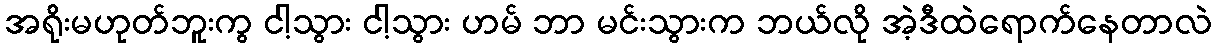
အရိုးမဟုတ်ဘူးကွ ငါ့သွား ငါ့သွား ဟမ် ဘာ မင်းသွားက ဘယ်လို အဲ့ဒီထဲရောက်နေတာလဲ